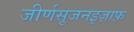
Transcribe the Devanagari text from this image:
जीर्णसूजनइज़ाफ़